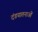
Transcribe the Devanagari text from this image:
दंडयातनाओं